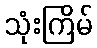
သုံးကြိမ်